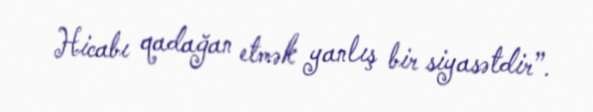
Hicabı qadağan etmək yanlış bir siyasətdir”.